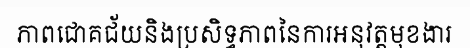
ភាពជោគជ័យនិងប្រសិទ្ធភាពនៃការអនុវត្តមុខងារ